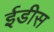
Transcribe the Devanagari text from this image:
ईडीस